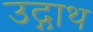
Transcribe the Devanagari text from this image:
उद्गाथ